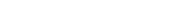
٥٢